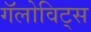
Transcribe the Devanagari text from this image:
गॅलोविट्स